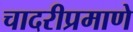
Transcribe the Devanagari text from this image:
चादरीप्रमाणे